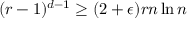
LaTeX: ( r - 1 ) ^ { d - 1 } \geq ( 2 + \epsilon ) r n \ln n